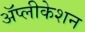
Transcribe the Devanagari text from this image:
ॲप्लीकेशन